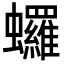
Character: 𬠻